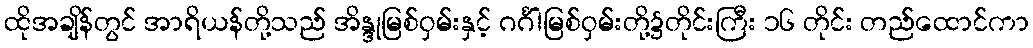
ထိုအချိန်တွင် အာရိယန်တို့သည် အိန္ဒုမြစ်ဝှမ်းနှင့် ဂင်္ဂါမြစ်ဝှမ်းတို့၌တိုင်းကြီး ၁၆ တိုင်း တည်ထောင်ကာ